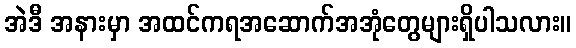
အဲဒီ အနားမှာ အထင်ကရအဆောက်အအုံတွေများရှိပါသလား။